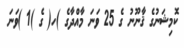
ކޮމިޝަނުގެ ޤާނޫނު ގެ 25 ވަނަ މާއްދާގެ )ހ( ގެ )1 )ވަނަ